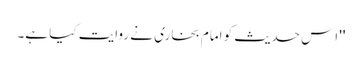
'' اِس حدیث کو امام بخاری نے روایت کیا ہے۔